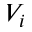
V _ { i }